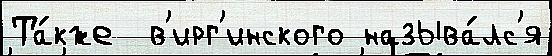
Та́кже  в'ирг'инского называ́лс'я